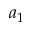
a _ { 1 }